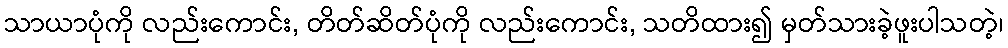
သာယာပုံကို လည်းကောင်း, တိတ်ဆိတ်ပုံကို လည်းကောင်း, သတိထား၍ မှတ်သားခဲ့ဖူးပါသတဲ့၊